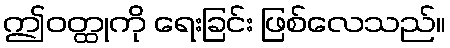
ဤဝတ္ထုကို ရေးခြင်း ဖြစ်လေသည်။